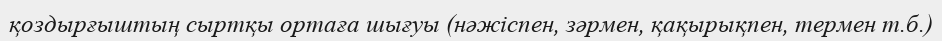
қоздырғыштың сыртқы ортаға шығуы (нәжіспен, зәрмен, қақырықпен, термен т.б.)